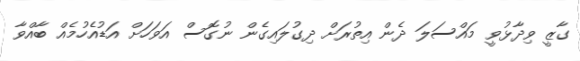
ގާޒީ ވިދާޅުވީ މައްސަލަ ދެން އިތުރަށް ދިގުލައިގެން ނުގޮސް އަވަހަށް އަޑުއެހުމެއް ބާއްވާ